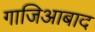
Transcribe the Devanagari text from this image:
गाजिआबाद